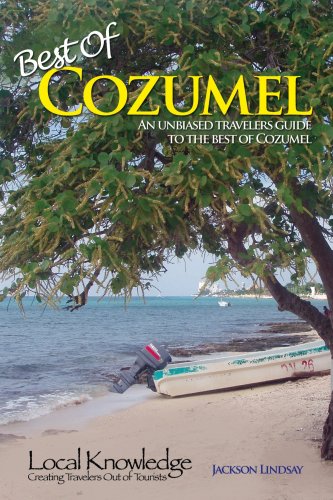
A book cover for Local Knowledge Travel Guides:Best Of Cozumel; Jackson Lindsay; Travel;